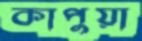
কাপুয়া